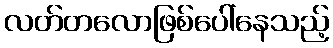
လတ်တလောဖြစ်ပေါ်နေသည့်